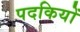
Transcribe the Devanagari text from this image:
पदकियों